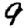
Digit: 9